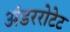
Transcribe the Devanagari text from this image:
अंडररोटेट